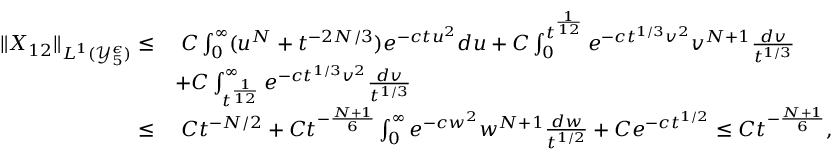
\begin{array} { r l } { \| X _ { 1 2 } \| _ { L ^ { 1 } ( \mathcal { Y } _ { 5 } ^ { \epsilon } ) } \leq } & { \; C \int _ { 0 } ^ { \infty } ( u ^ { N } + t ^ { - 2 N / 3 } ) e ^ { - c t u ^ { 2 } } d u + C \int _ { 0 } ^ { t ^ { \frac { 1 } { 1 2 } } } e ^ { - c t ^ { 1 / 3 } v ^ { 2 } } v ^ { N + 1 } \frac { d v } { t ^ { 1 / 3 } } } \\ & { + C \int _ { t ^ { \frac { 1 } { 1 2 } } } ^ { \infty } e ^ { - c t ^ { 1 / 3 } v ^ { 2 } } \frac { d v } { t ^ { 1 / 3 } } } \\ { \leq } & { \; C t ^ { - N / 2 } + C t ^ { - \frac { N + 1 } { 6 } } \int _ { 0 } ^ { \infty } e ^ { - c w ^ { 2 } } w ^ { N + 1 } \frac { d w } { t ^ { 1 / 2 } } + C e ^ { - c t ^ { 1 / 2 } } \leq C t ^ { - \frac { N + 1 } { 6 } } , } \end{array}